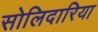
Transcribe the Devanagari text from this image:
सोलिदारिया